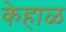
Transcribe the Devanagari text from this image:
केहाळ